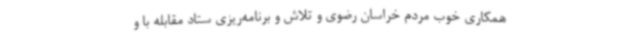
همکاری خوب مردم خراسان رضوی و تلاش و برنامه‌ریزی ستاد مقابله با و